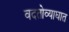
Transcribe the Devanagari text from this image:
वदतोव्याघात